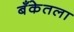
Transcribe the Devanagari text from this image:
बँकेतला